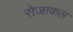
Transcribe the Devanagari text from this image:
रोजाकल